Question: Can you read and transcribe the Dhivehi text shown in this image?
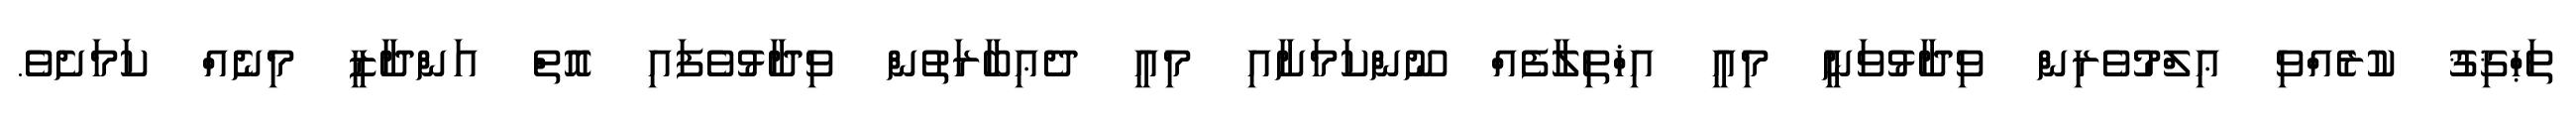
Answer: ތަޙްޤިޤު ކުރެއްވި ޢިލްމުވެރިން ވިދާޅުވަނީ މިއީ އިޚްތިލާފެއް ނޫންކަމަށާއި މިއީ ދެޢިބާރަތުން ވިދާޅުވެފައި އޮތް އަންދާޒީ މިނެއް ކަމަށެވެ.